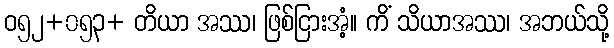
ဝ၅၂+၀၅၃+ တိယာ အဿ၊ ဖြစ်ငြားအံ့။ ကိံ သိယာအဿ၊ အဘယ်သို့